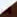
إلى